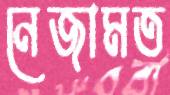
নেজামত